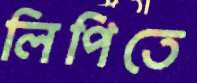
লিপিতে